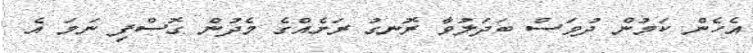
އެހެން ކަމުން ދުވަސް ބަދަލުވާ ރޮނގު ރަށެއްގެ މެދުން ގޮސްފި ނަމަ އެ